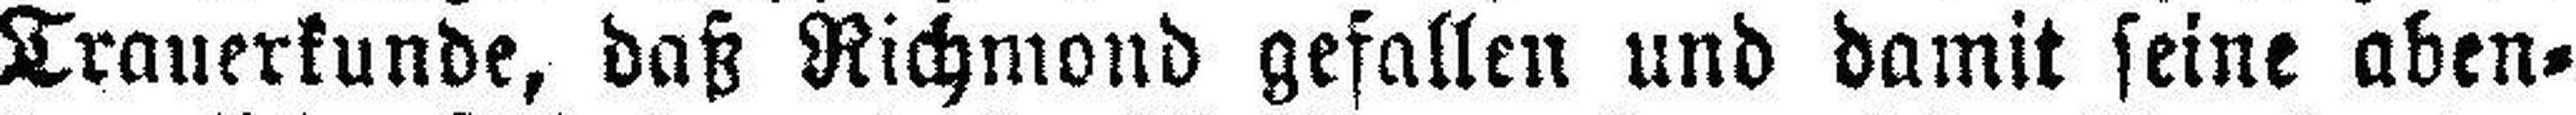
Trauerkunde, daß Richmond gefallen und damit seine aben¬